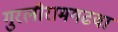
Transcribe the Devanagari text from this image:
गुरलीरामगढवा